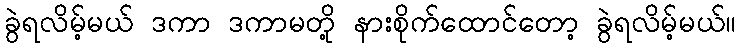
ခွဲရလိမ့်မယ် ဒကာ ဒကာမတို့ နားစိုက်ထောင်တော့ ခွဲရလိမ့်မယ်။